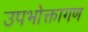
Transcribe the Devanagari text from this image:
उपभोक्तागण